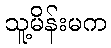
သူ့မိန်းမက